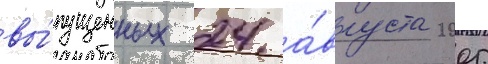
вы́пущенных 24 а́вгуста 2005